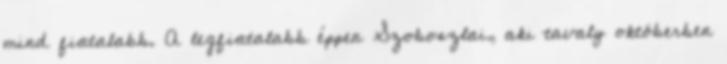
mind fiatalabb. A legfiatalabb éppen Szoboszlai, aki tavaly októberben